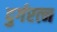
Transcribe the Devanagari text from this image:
दुर्गरत्‍न